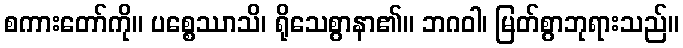
စကားတော်ကို။ ပစ္စေဿာသိ၊ ရိုသေစွာနာ၏။ ဘဂဝါ၊ မြတ်စွာဘုရားသည်။